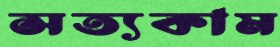
সত্যকাম